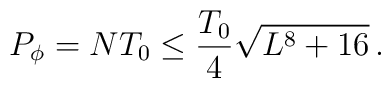
P_\phi=NT_0\leq \frac{T_0}{4}\sqrt{L^8+16}\, .